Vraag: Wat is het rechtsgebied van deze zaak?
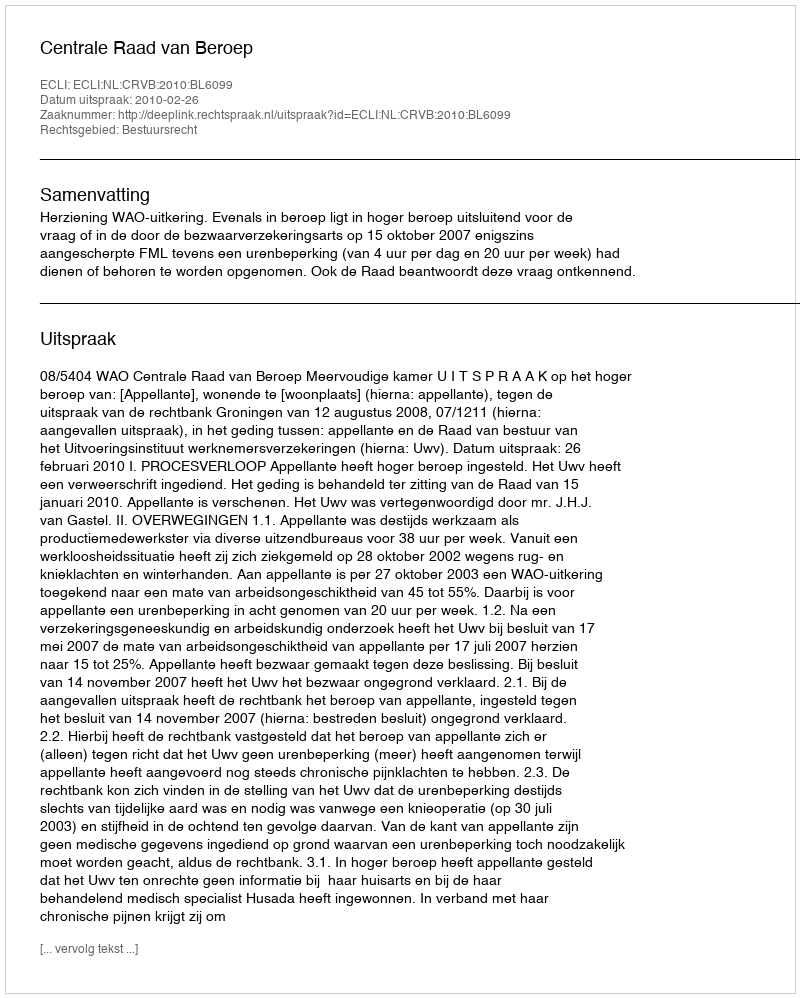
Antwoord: Bestuursrecht